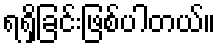
ရရှိခြင်းဖြစ်ပါတယ်။